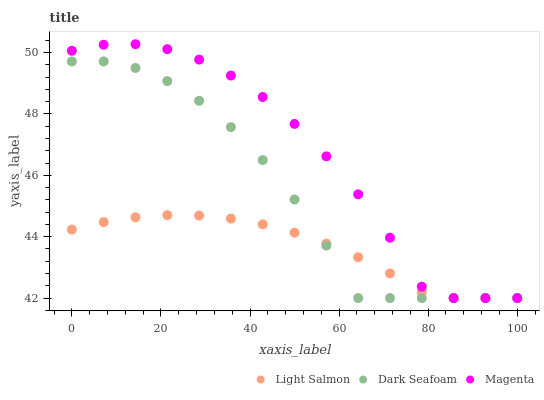
| xaxis_label | Light Salmon | Dark Seafoam | Magenta |
 | --- | --- | --- | --- |
 | 0 | 44.2 | 49.7 | 50.1 |
 | 7.14 | 44.5 | 49.7 | 50.3 |
 | 14.3 | 44.6 | 49.5 | 50.3 |
 | 21.4 | 44.7 | 49.1 | 50.1 |
 | 28.6 | 44.7 | 48.4 | 49.8 |
 | 35.7 | 44.6 | 47.6 | 49.2 |
 | 42.9 | 44.4 | 46.5 | 48.6 |
 | 50 | 44.1 | 45.2 | 47.7 |
 | 57.1 | 43.8 | 43.7 | 46.6 |
 | 64.3 | 43.3 | 42 | 45.4 |
 | 71.4 | 42.8 | 42 | 44 |
 | 78.6 | 42.2 | 42 | 42.4 |
 | 85.7 | 42 | 42 | 42 |
 | 92.9 | 42 | 42 | 42 |
 | 100 | 42 | 42 | 42 |